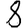
Digit: 8